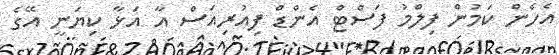
އެހެން ކަމުން ފިލްމު ފަސްޓް އެންޑް ފިއުރިއަސް އާ އަޅާ ކިޔަނީ އޭގެ